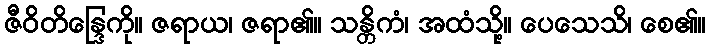
ဇီဝိတိန္ဒြေကို။ ဇရာယ၊ ဇရာ၏။ သန္တိကံ၊ အထံသို့။ ပေသေသိ၊ စေ၏။